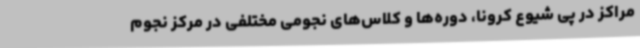
مراکز در پی شیوع کرونا، دوره‌ها و کلاس‌های نجومی مختلفی در مرکز نجوم